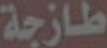
طازجة